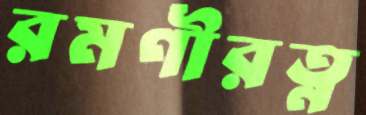
রমণীরত্ন